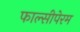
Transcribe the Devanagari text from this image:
फाल्सीपेरम